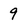
Character: 9